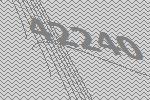
42240